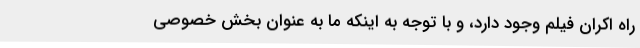
راه اکران فیلم وجود دارد، و با توجه به اینکه ما به عنوان بخش خصوصی